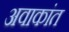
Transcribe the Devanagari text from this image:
अवाकांत